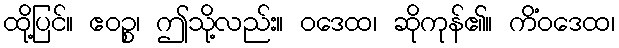
ထို့ပြင်။ ဧဝဉ္စ၊ ဤသို့လည်း။ ဝဒေထ၊ ဆိုကုန်၏။ ကိံဝဒေထ၊